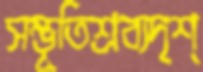
সম্ভূতিশ্রব্যদৃশ্